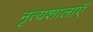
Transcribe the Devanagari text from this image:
नृत्यशालाएँ